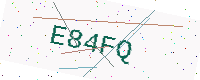
Text: E84FQ